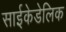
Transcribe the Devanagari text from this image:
साईकेडेलिक